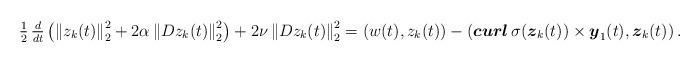
LaTeX: \begin{align*}\displaystyle\tfrac{1}{2}\,\tfrac{d }{d t}\left(\left\| z_k(t)\right\|_2^2+2\alpha\left\|Dz_k(t)\right\|_2^2\right)&+2\nu \left\|D z_k(t)\right\|_2^2=\left( w(t),z_k(t)\right)-\left( \boldsymbol{ curl}\,\sigma(\boldsymbol z_k(t))\times \boldsymbol y_1(t),\boldsymbol z_k(t)\right).\end{align*}